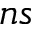
n s